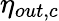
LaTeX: \eta_{out,c}